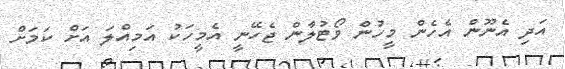
އަދި އެނޫން އެހެން މީހުން ވޯޓުލާން ޖެހޭނީ އެމީހަކު އަމިއްލަ އަށް ކަމަށް